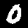
Digit: 0